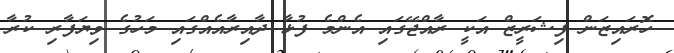
ހޮރައިޒަން ފިޝަރީޒް އަކީ ރާއްޖޭގައި އެންމެ ފުޅާ ދާއިރާއެއްގައި މަހުގެ ވިޔަފާރި ކުރާ